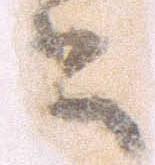
書